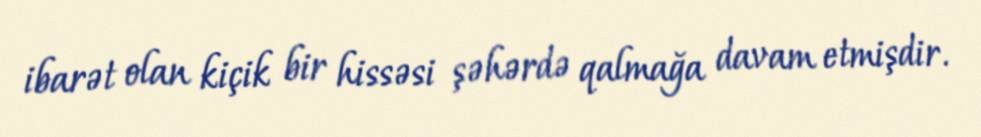
ibarət olan kiçik bir hissəsi şəhərdə qalmağa davam etmişdir.